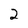
Character: 2